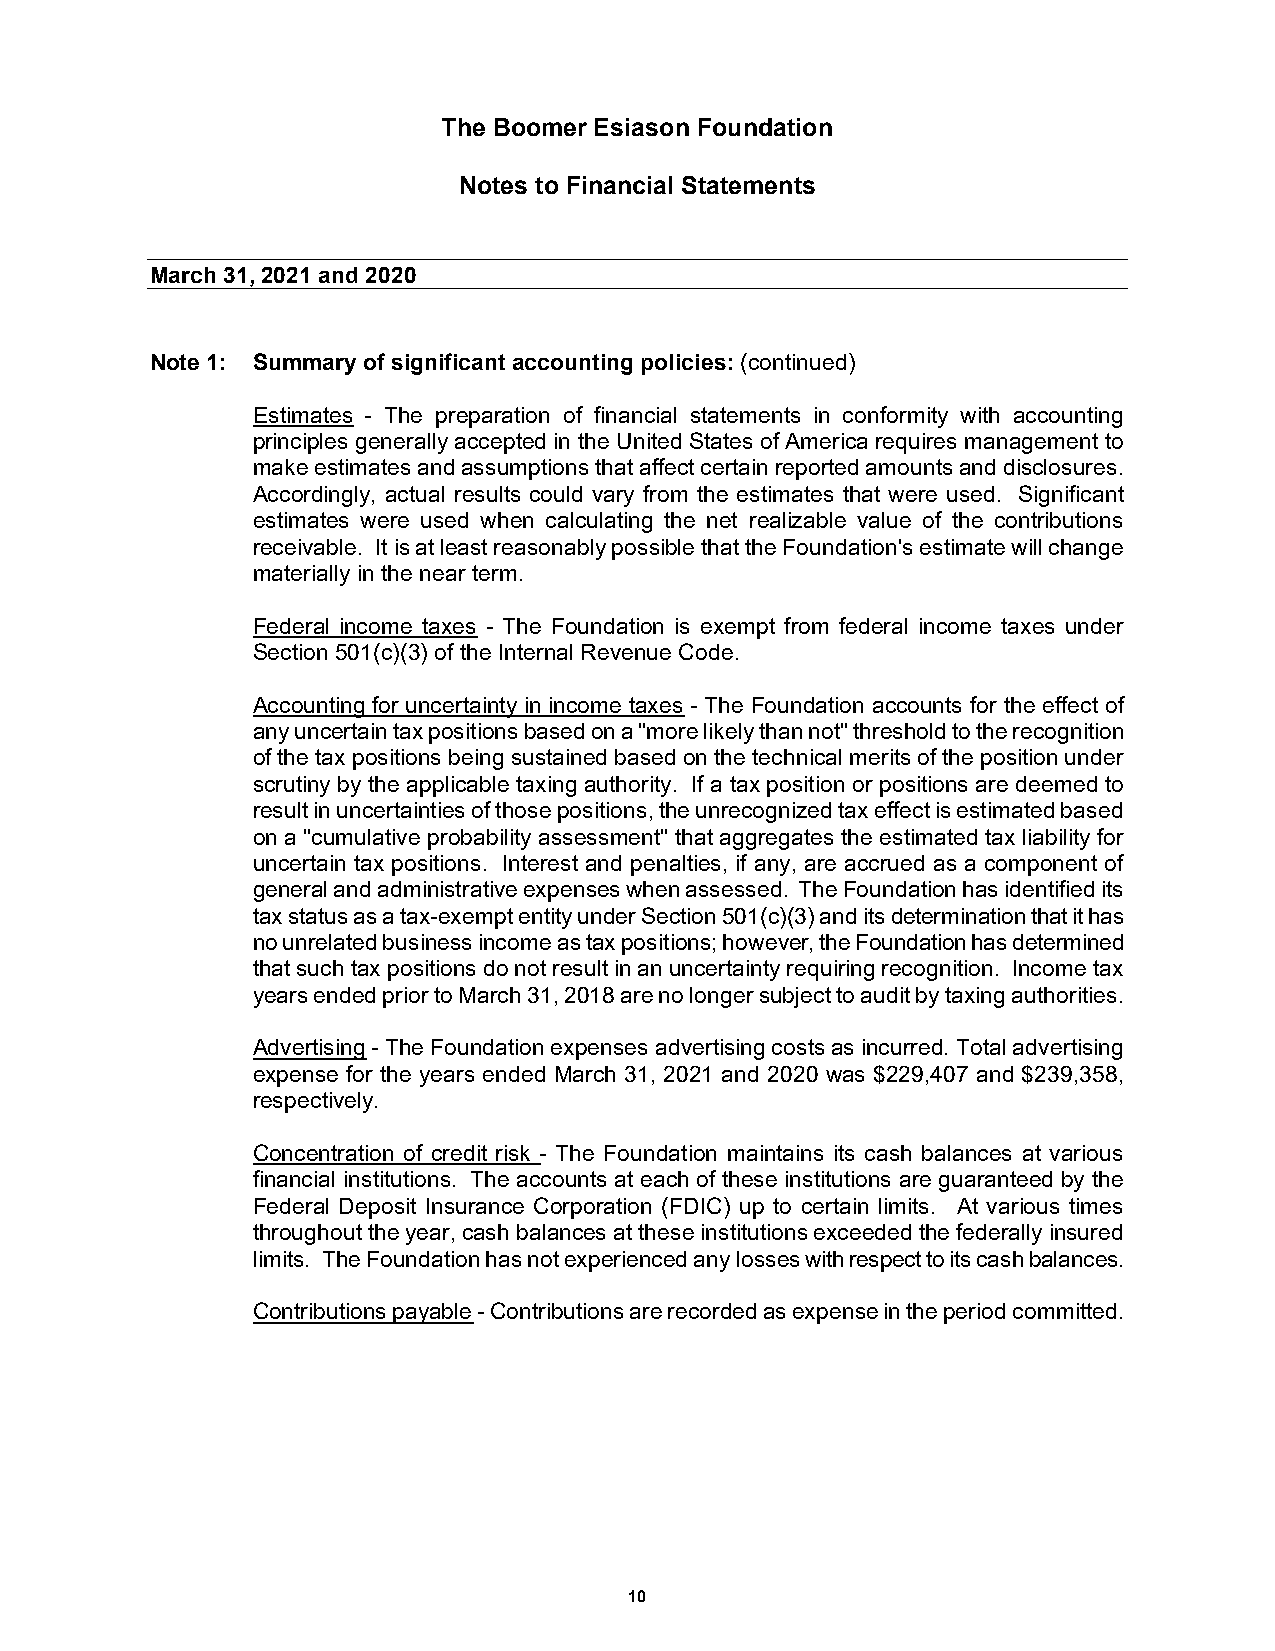
The Boomer Esiason Foundation
 Notes to Financial Statements
 M arch 31, 2021 and 2020
 Note 1: Summary of significant accounting policies: (continued)
 Estimates - The preparation of financial statements in conformity with accounting
 principles generally accepted in the United States of America requires management to
 make estimates and assumptions that affect certain reported amounts and disclosures.
 Accordingly, actual results could vary from the estimates that were used. Significant
 estimates were used when calculating the net realizable value of the contributions
 receivable. It is at least reasonably possible that the Foundation's estimate will change
 materially in the near term.
 Federal income taxes - The Foundation is exempt from federal income taxes under
 Section 501(c)(3) of the Internal Revenue Code.
 Accounting for uncertainty in income taxes - The Foundation accounts for the effect of
 any uncertain tax positions based on a "more likely than not" threshold to the recognition
 of the tax positions being sustained based on the technical merits of the position under
 scrutiny by the applicable taxing authority. If a tax position or positions are deemed to
 result in uncertainties of those positions, the unrecognized tax effect is estimated based
 on a "cumulative probability assessment" that aggregates the estimated tax liability for
 uncertain tax positions. Interest and penalties, if any, are accrued as a component of
 general and administrative expenses when assessed. The Foundation has identified its
 tax status as a tax-exempt entity under Section 501(c)(3) and its determination that it has
 no unrelated business income as tax positions; however, the Foundation has determined
 that such tax positions do not result in an uncertainty requiring recognition. Income tax
 years ended prior to March 31, 2018 are no longer subject to audit by taxing authorities.
 Advertising - The Foundation expenses advertising costs as incurred. Total advertising
 expense for the years ended March 31, 2021 and 2020 was $229,407 and $239,358,
 respectively.
 Concentration of credit risk - The Foundation maintains its cash balances at various
 financial institutions. The accounts at each of these institutions are guaranteed by the
 Federal Deposit Insurance Corporation (FDIC) up to certain limits. At various times
 throughout the year, cash balances at these institutions exceeded the federally insured
 limits. The Foundation has not experienced any losses with respect to its cash balances.
 Contributions payable - Contributions are recorded as expense in the period committed.
 10